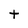
Character: t